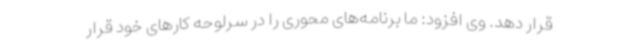
قرار دهد. وی افزود: ما برنامه‌های محوری را در سرلوحه کارهای خود قرار